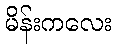
မိန်းကလေး